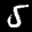
Label: 5